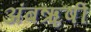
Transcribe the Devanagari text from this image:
अंबॠषी